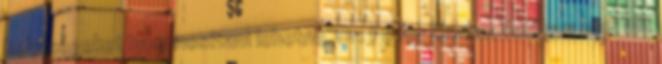
helyiségeket hasznosítani lehetne. Dr. Fodor Csaba: Valóban nem állt